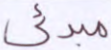
مبدئي